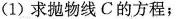
(1)求抛物线C的方程；